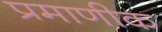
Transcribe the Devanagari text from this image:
प्रमाणीक